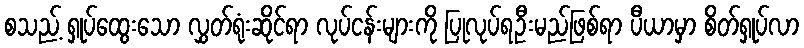
စသည့် ရှုပ်ထွေးသော လွှတ်ရုံးဆိုင်ရာ လုပ်ငန်းများကို ပြုလုပ်ရဦးမည်ဖြစ်ရာ ပီယာမှာ စိတ်ရှုပ်လာ